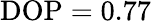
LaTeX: \mathrm{DOP}=0.77